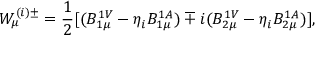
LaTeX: W _ { \mu } ^ { ( i ) \pm } = \frac { 1 } { 2 } [ ( B _ { 1 \mu } ^ { 1 V } - \eta _ { i } B _ { 1 \mu } ^ { 1 A } ) \mp i ( B _ { 2 \mu } ^ { 1 V } - \eta _ { i } B _ { 2 \mu } ^ { 1 A } ) ] ,